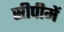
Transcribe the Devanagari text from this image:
सीपीमें